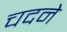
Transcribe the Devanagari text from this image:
चदने